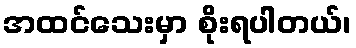
အထင်သေးမှာ စိုးရပါတယ်၊